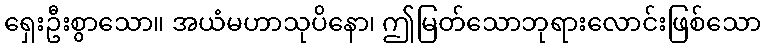
ရှေးဦးစွာသော။ အယံမဟာသုပိနော၊ ဤမြတ်သောဘုရားလောင်းဖြစ်သော